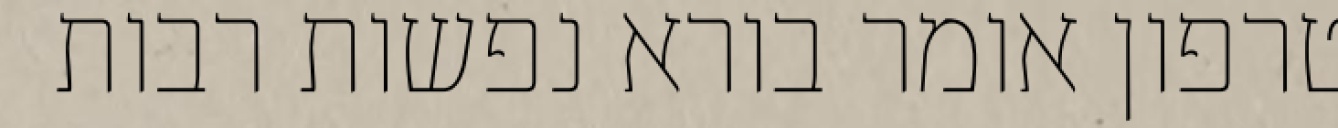
טרפון אומר בורא נפשות רבות